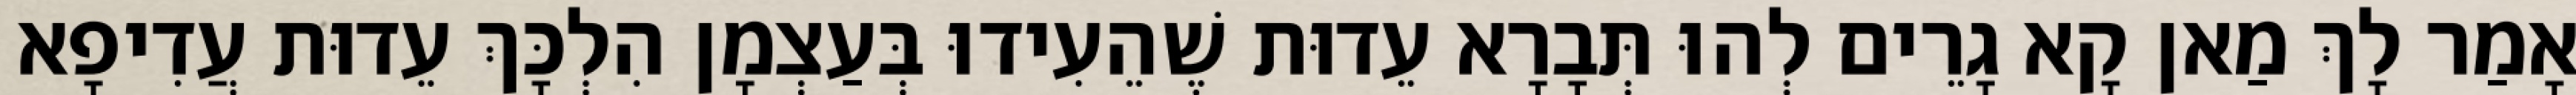
אָמַר לָךְ מַאן קָא גָרֵים לְהוּ תְּבָרָא עֵדוּת שֶׁהֵעִידוּ בְּעַצְמָן הִלְכָּךְ עֵדוּת עֲדִיפָא